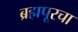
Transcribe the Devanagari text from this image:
ब्रह्मपूरचा